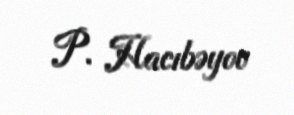
P. Hacıbəyov